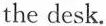
the desk.